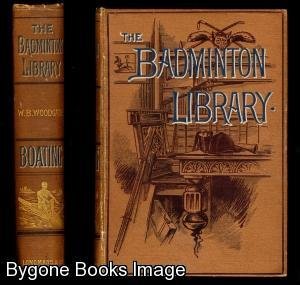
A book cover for BOATING (Badminton Library); W.R. Woodgate; Sports & Outdoors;